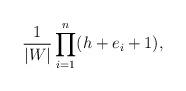
LaTeX: \begin{align*}\frac{1}{|W|} \prod_{i=1}^n(h + e_i + 1),\end{align*}